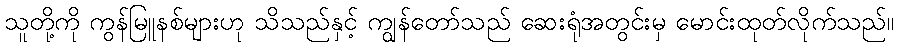
သူတို့ကို ကွန်မြူနစ်များဟု သိသည်နှင့် ကျွန်တော်သည် ဆေးရုံအတွင်းမှ မောင်းထုတ်လိုက်သည်။